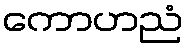
ကောဟညံ